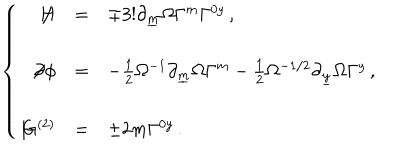
LaTeX: \left\{ \begin{array} { r c l } { { \not \! \! H } } & { { = } } & { { \mp 3 ! \partial _ { \underline { { { m } } } } \Omega \Gamma ^ { m } \Gamma ^ { 0 y } \, , } } \\ { { } } & { { } } & { { } } \\ { { \not \! \partial \phi } } & { { = } } & { { - { \textstyle \frac { 1 } { 2 } } \Omega ^ { - 1 } \partial _ { \underline { { { m } } } } \Omega \Gamma ^ { m } - { \textstyle \frac { 1 } { 2 } } \Omega ^ { - 1 / 2 } \partial _ { \underline { { { y } } } } \Omega \Gamma ^ { y } \, , } } \\ { { } } & { { } } & { { } } \\ { { \not \! G ^ { ( 2 ) } } } & { { = } } & { { \pm 2 m \Gamma ^ { 0 y } \, . } } \\ \end{array} \right.